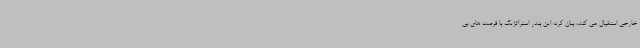
خارجی استقبال می کند، بیان کرد: این بندر استراتژیک با فرصت های بی